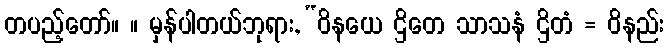
တပည့်တော်။ ။ မှန်ပါတယ်ဘုရား, “ဝိနယေ ဌိတေ သာသနံ ဌိတံ = ဝိနည်း